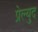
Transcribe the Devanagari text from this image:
प्रेल्युद